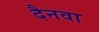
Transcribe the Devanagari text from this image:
दैनवा